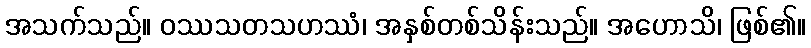
အသက်သည်။ ဝဿသတသဟဿံ၊ အနှစ်တစ်သိန်းသည်။ အဟောသိ၊ ဖြစ်၏။